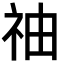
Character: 䄂